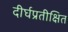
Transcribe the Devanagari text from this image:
दीर्घप्रतीक्षित